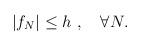
LaTeX: \begin{align*} |f_N| \leq h \ ,\quad \forall N.\end{align*}